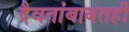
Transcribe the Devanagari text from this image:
दैवतांबाबतही